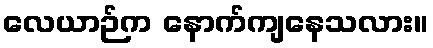
လေယာဉ်က နောက်ကျနေသလား။